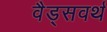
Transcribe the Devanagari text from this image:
वैड्सवर्थ